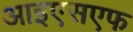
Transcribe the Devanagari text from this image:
आइएसएफ